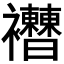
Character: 𧟔